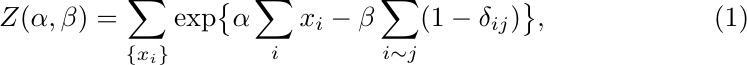
\begin{equation}
Z(\alpha,\beta) = \sum_{\{x_i\}}
\exp\bigl\{ \alpha \sum_{i} x_i - \beta \sum_{i \sim j} (1 -
\delta_{ij})\bigr\},
\label{eq:Isingconst}
\end{equation}